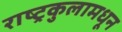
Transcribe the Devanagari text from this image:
राष्ट्रकुलामधून